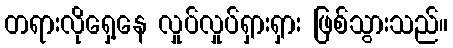
တရားလိုရှေ့နေ လှုပ်လှုပ်ရှားရှား ဖြစ်သွားသည်။